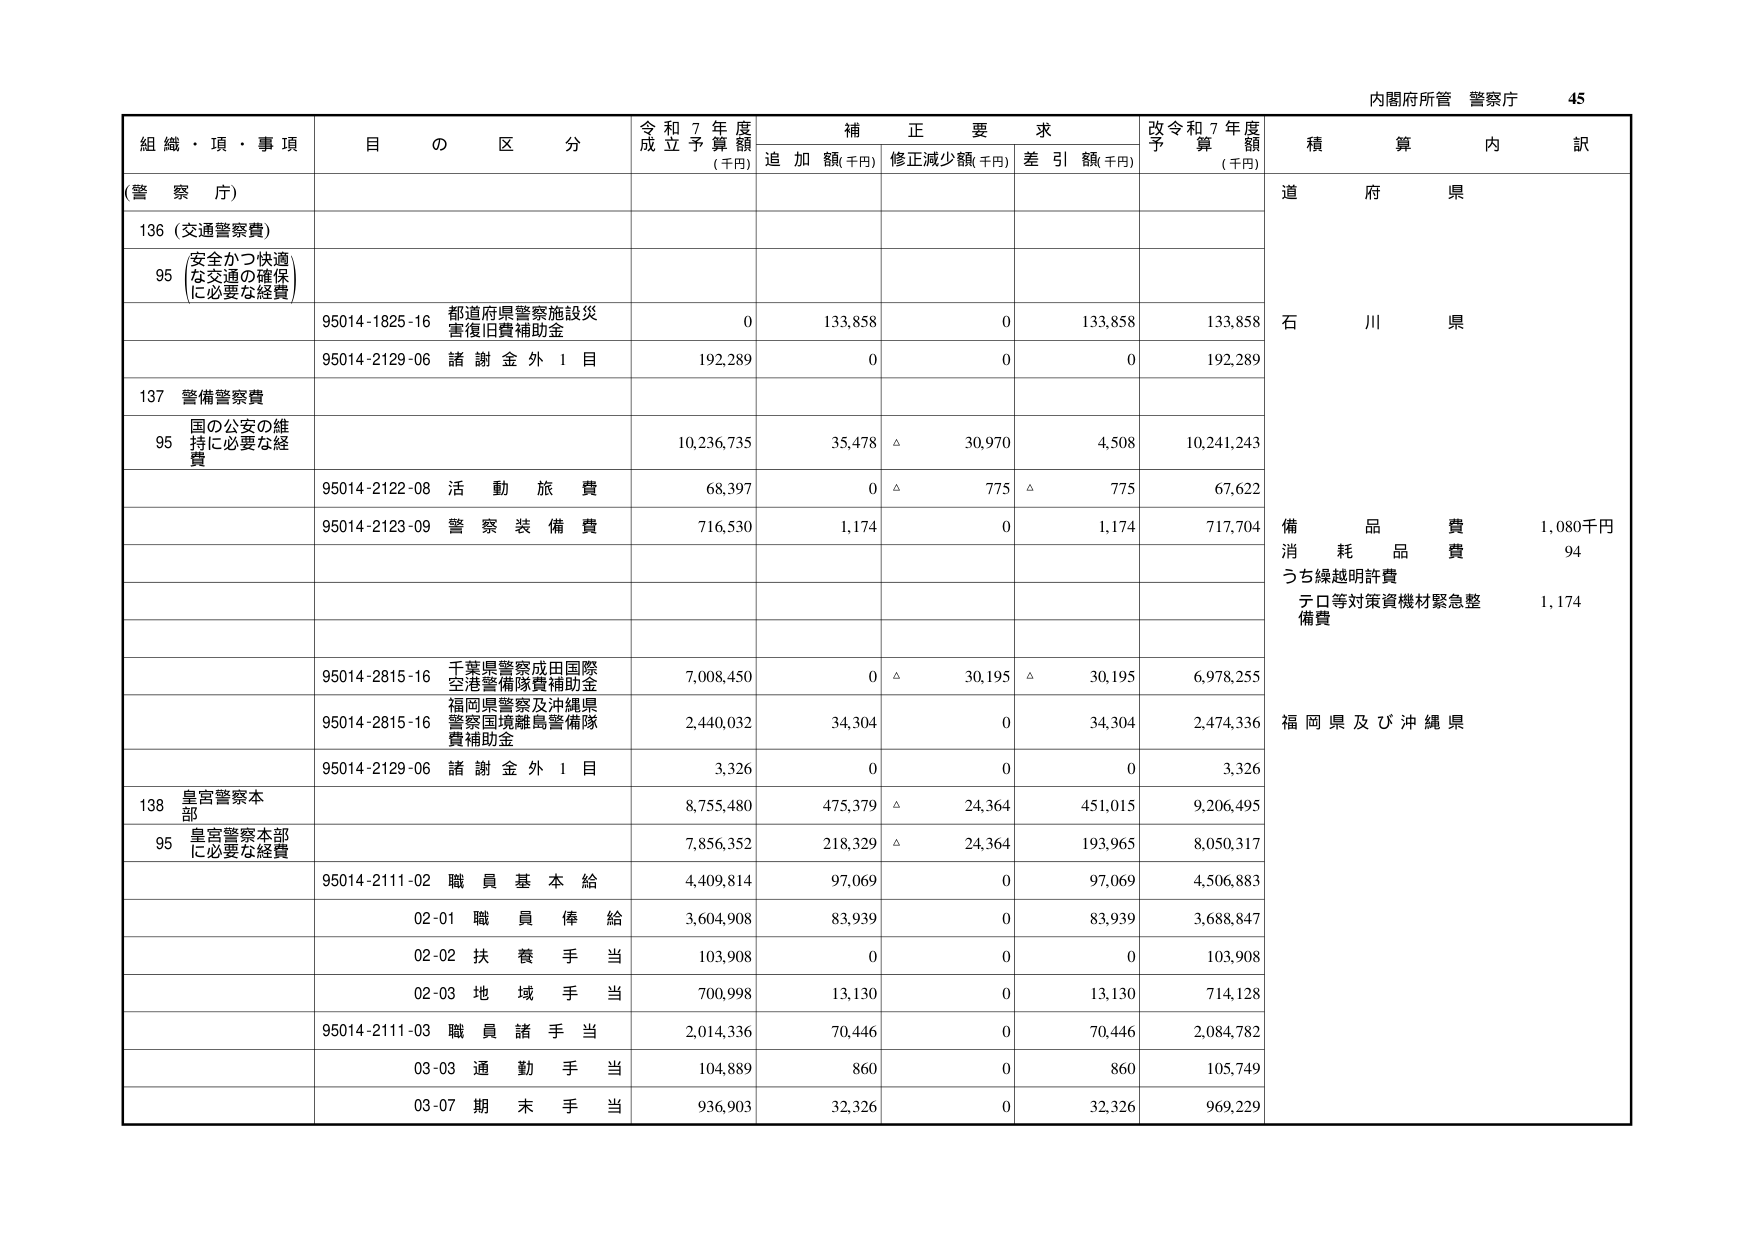
内閣府所管 警察庁 45

組織・項・事項 目の区分 令和7年度成立予算額(千円) 補正要求 追加額(千円) 修正減少額(千円) 差引額(千円) 改令和7年度予算額(千円) 積算内訳

(警察庁)

136 (交通警察費)

95 (安全かつ快適な交通の確保に必要な経費)

95014-1825-16 都道府県警察施設災害復旧費補助金 0 133,858 0 133,858 133,858

95014-2129-06 諸謝金外1目 192,289 0 0 0 192,289

137 警備警察費

95 国の公安の維持に必要な経費 10,236,735 35,478 △ 30,970 4,508 10,241,243

95014-2122-08 活動旅費 68,397 0 △ 775 △ 775 67,622

95014-2123-09 警察装備費 716,530 1,174 0 1,174 717,704

備品費 1,080千円
消耗品費 94
うち繰越明許費
テロ等対策資機材緊急整備費 1,174

95014-2815-16 千葉県警察成田国際空港警備隊費補助金 7,008,450 0 △ 30,195 △ 30,195 6,978,255

95014-2815-16 福岡県警察及び沖縄県警察国境離島警備隊費補助金 2,440,032 34,304 0 34,304 2,474,336

95014-2129-06 諸謝金外1目 3,326 0 0 0 3,326

138 皇宮警察本部

95 皇宮警察本部に必要な経費 7,856,352 218,329 △ 24,364 193,965 8,050,317

95014-2111-02 職員基本給 4,409,814 97,069 0 97,069 4,506,883

02-01 職員俸給 3,604,908 83,939 0 83,939 3,688,847

02-02 扶養手当 103,908 0 0 0 103,908

02-03 地域手当 700,998 13,130 0 13,130 714,128

95014-2111-03 職員諸手当 2,014,336 70,446 0 70,446 2,084,782

03-03 通勤手当 104,889 860 0 860 105,749

03-07 期末手当 936,903 32,326 0 32,326 969,229

道府県
石川県
福岡県及び沖縄県